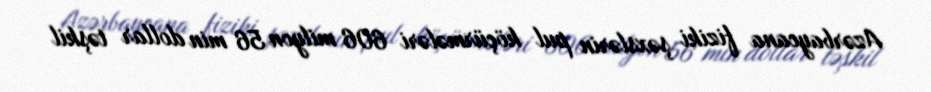
Azərbaycana fiziki şəxslərin pul köçürmələri 606 milyon 56 min dollar təşkil